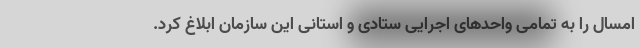
امسال را به تمامی واحدهای اجرایی ستادی و استانی این سازمان ابلاغ کرد.